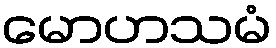
မောဟသမံ